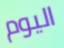
اليوم